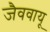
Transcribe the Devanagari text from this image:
जैववायू